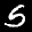
Label: 5